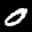
Label: 0